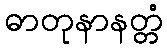
ဓာတုနာနတ္တံ